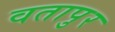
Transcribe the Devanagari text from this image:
वतापुर